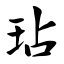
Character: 玷